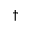
\mathrm { \dag }